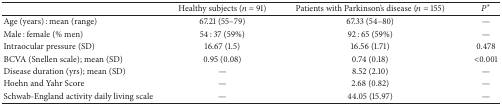
<table><thead><tr><td><b> </b></td><td><b>Healthy subjects (<i>n</i> = 91)</b></td><td><b>Patients with Parkinson&#x27;s disease (<i>n</i> = 155)</b></td><td><b><i>P</i><sup>*</sup></b></td></tr></thead><tbody><tr><td>Age (years) : mean (range)</td><td>67.21 (55–79)</td><td>67.33 (54–80)</td><td>—</td></tr><tr><td>Male : female (% men)</td><td>54 : 37 (59%)</td><td>92 : 65 (59%)</td><td>—</td></tr><tr><td>Intraocular pressure (SD)</td><td>16.67 (1.5)</td><td>16.56 (1.71)</td><td>0.478</td></tr><tr><td>BCVA (Snellen scale); mean (SD)</td><td>0.95 (0.08)</td><td>0.74 (0.18)</td><td>&lt;0.001</td></tr><tr><td>Disease duration (yrs); mean (SD)</td><td>—</td><td>8.52 (2.10)</td><td>—</td></tr><tr><td>Hoehn and Yahr Score</td><td>—</td><td>2.68 (0.82)</td><td>—</td></tr><tr><td>Schwab-England activity daily living scale</td><td>—</td><td>44.05 (15.97)</td><td>—</td></tr></tbody></table>